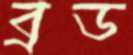
ব্রড